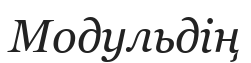
Модульдің